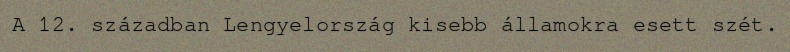
A 12. században Lengyelország kisebb államokra esett szét.